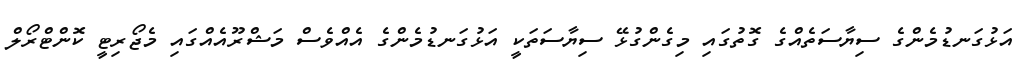
އަޅުގަނޑުމެންގެ ސިޔާސަތެއްގެ ގޮތުގައި މިގެންގުޅޭ ސިޔާސަތަކީ އަޅުގަނޑުމެންގެ އެއްވެސް މަޝްރޫއެއްގައި މެޖޯރިޓީ ކޮންޓްރޯލް